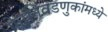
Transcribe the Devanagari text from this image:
फेरनिवडणुकांमध्ये